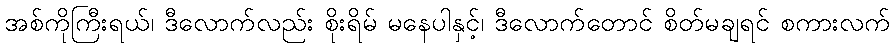
အစ်ကိုကြီးရယ်၊ ဒီလောက်လည်း စိုးရိမ် မနေပါနှင့်၊ ဒီလောက်တောင် စိတ်မချရင် စကားလက်